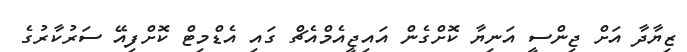
ޒިޔާދާ އަށް ޖިންސީ އަނިޔާ ކޮށްގެން އައިޖީއެމްއެޗް ގައި އެޑްމިޓް ކޮށްފިއޭ ސަރުކާރުގެ